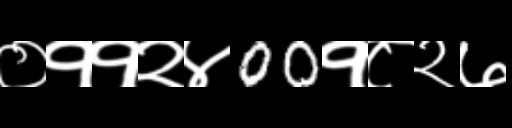
Text: ०११२४00१८२७